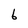
Character: 6